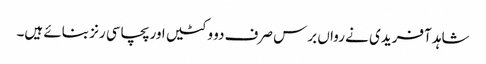
شاہد آفریدی نے رواں برس صرف دو وکٹیں اور پچاسی رنز بنائے ہیں۔